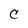
Character: C